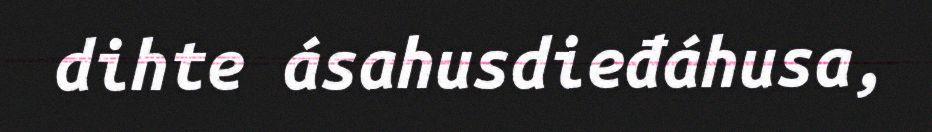
dihte ásahusdieđáhusa,